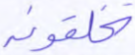
تخلقونه